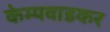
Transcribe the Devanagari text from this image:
केम्पवाडकर